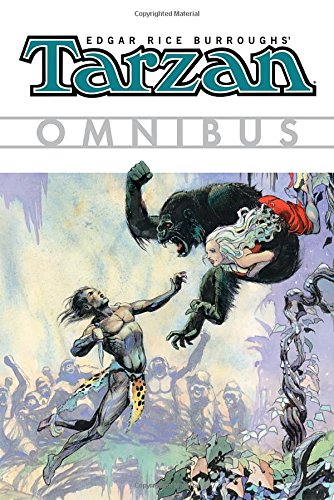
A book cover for Edgar Rice Burroughs' Tarzan Omnibus Volume 1 (Edgar Rice Burroughs's Tarzan Omnibus); Various; Comics & Graphic Novels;